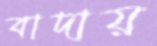
বাদায়